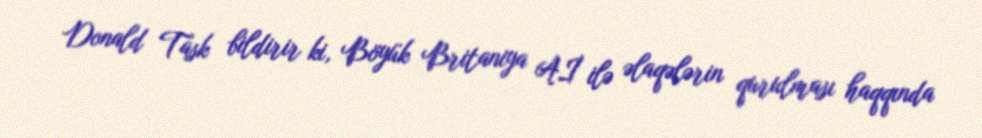
Donald Task bildirir ki, Böyük Britaniya Aİ ilə əlaqələrin qurulması haqqında